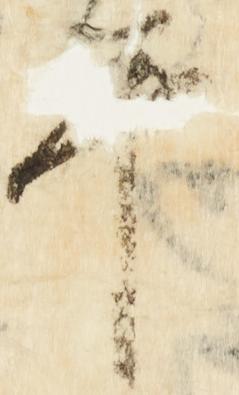
畢